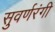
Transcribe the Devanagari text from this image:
सुवर्णरंगी